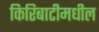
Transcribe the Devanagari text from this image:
किरिबाटीमधील